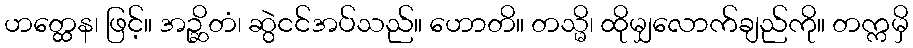
ဟတ္ထေန၊ ဖြင့်။ အဉ္ဆိတံ၊ ဆွဲငင်အပ်သည်။ ဟောတိ။ တသ္မိ၊ ထိုမျှလောက်ချည်ကို။ တက္ကမှိ